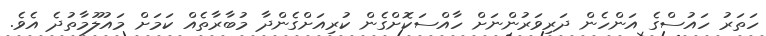
ހަތަރު ހައުސްގެ އަންހެން ދަރިވަރުންނަށް ހާއްސަކޮށްގެން ކުރިއަށްގެންދާ މުބާރާތެއް ކަމަށް މައުލޫމާތުދެ އެވެ.